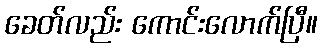
ခေတ်လည်း ကောင်းလောက်ပြီ။